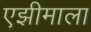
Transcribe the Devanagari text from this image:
एझीमाला